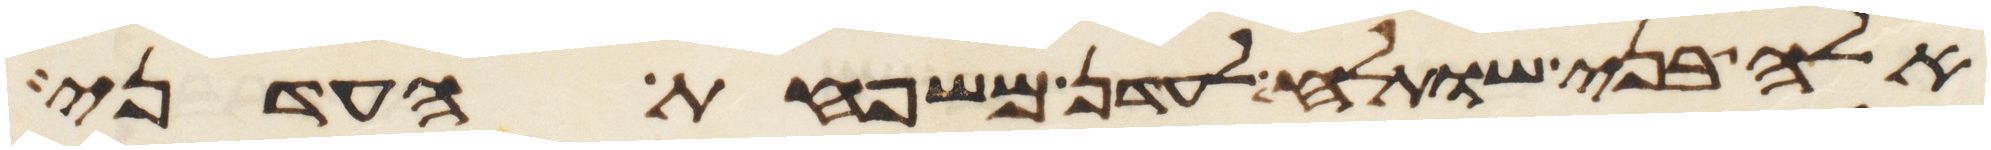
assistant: אלה בני שותלח לעדן משפחת העדני